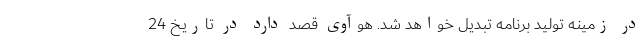
در زمینه تولید برنامه تبدیل خواهد شد. هوآوی قصد دارد در تاریخ 24